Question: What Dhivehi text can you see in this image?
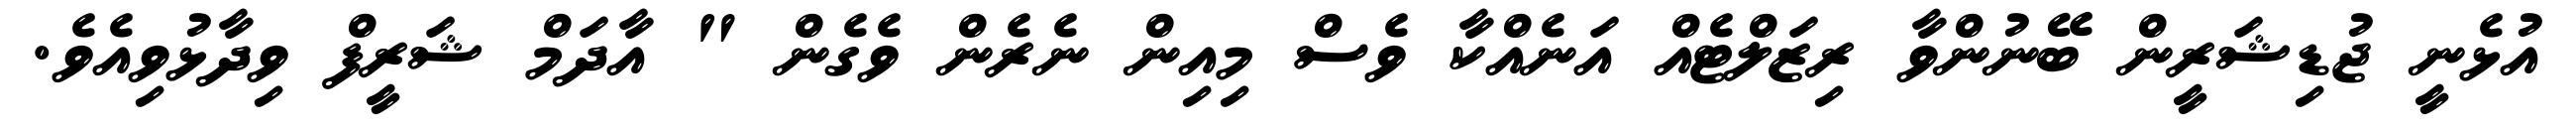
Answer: އުޅެނީ ޖުޑިޝަރީން ބޭނުންވާ ރިޒަލްޓެއް އަނެއްކާ ވެސް މިއިން ނެރެން ވެގެން " އާދަމް ޝަރީފް ވިދާޅުވިއެވެ.